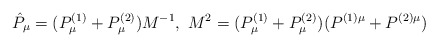
\begin{align*}\hat{P}_{\mu}=({P}^{(1)}_{\mu}+{P}^{(2)}_{\mu})M^{-1},\,\,M^{2}=(P^{(1)}_{\mu}+P^{(2)}_{\mu})(P^{(1)\mu}+P^{(2)\mu})\end{align*}